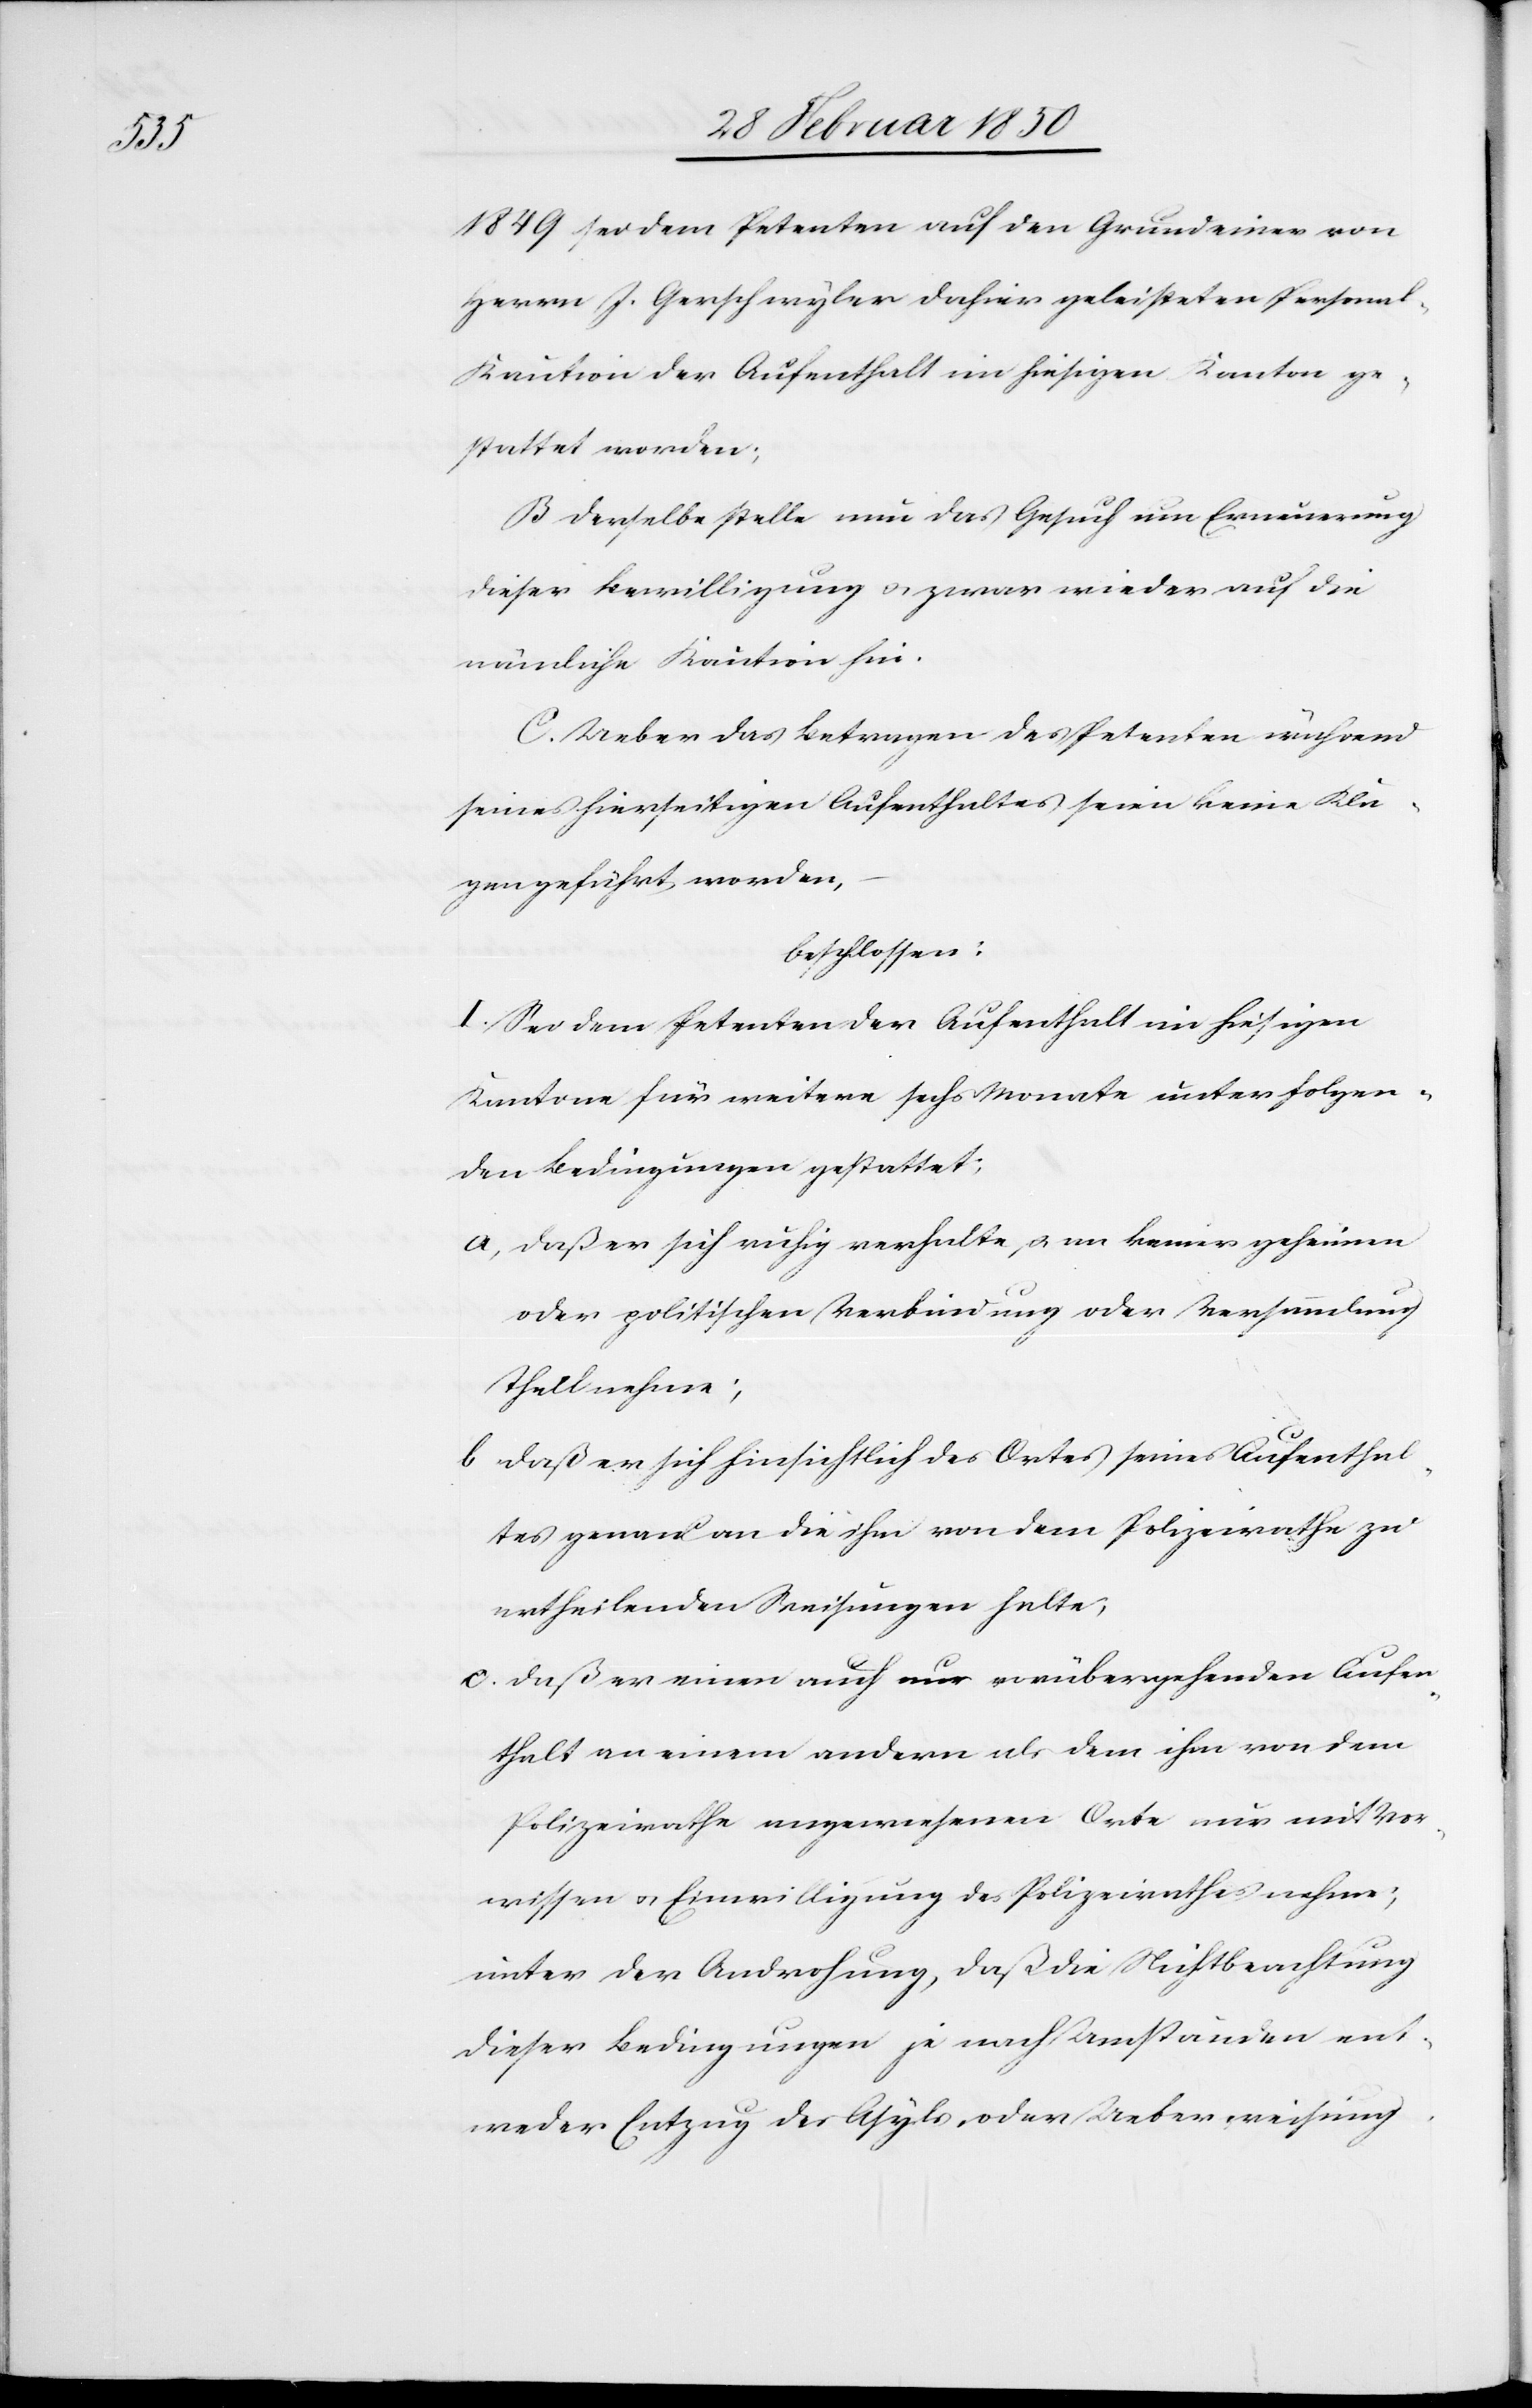
1849 sei dem Petenten auf den Grund einer von
Herrn J. Gerschwyler dahier geleisteten Persona¬
l-Kaution der Aufenthalt im hiesigen Kanton ge¬
stattet worden;
B Derselbe stelle nun das Gesuch um Erneuerung
dieser Bewilligung u. zwar wieder auf die
nämliche Kaution hin.
C. Ueber das Betragen des Petenten während
seines hierseitigen Aufenthaltes seien keine Kla¬
gen geführt worden,
beschlossen:
I. Sei dem Petenten der Aufenthalt im hiesigen
Kantone für weitere sechs Monate unter folgen¬
den Bedingungen gestattet;
a, Daß er sich ruhig verhalte, u. an keiner geheimen
oder politischen Verbindung oder Versammlung
Theil nehme;
b Daß er sich hinsichtlich des Ortes seines Aufenthal¬
tes genau an die ihm von dem Polizeirathe zu
ertheilenden Weisungen halte;
c. Daß er einen auch nur vorübergehenden Aufen¬
thalt an einem andern als dem ihm von dem
Polizeirathe angewiesenen Orte nur mit Vor¬
wissen u. Einwilligung des Polizeirathes nehme;
unter der Androhung, daß die Nichtbeachtung
dieser Bedingungen je nach Umständen ent¬
weder Entzug des Asyls, oder Ueberweisung